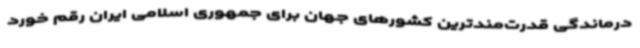
درماندگی قدرت‌مندترین کشورهای جهان برای جمهوری اسلامی ایران رقم خورد